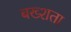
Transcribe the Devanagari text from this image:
बख्शता